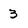
Character: 3